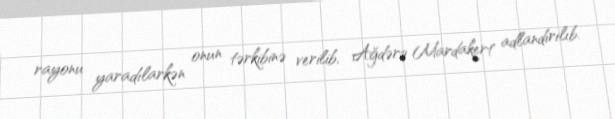
rayonu yaradılarkən onun tərkibinə verilib, Ağdərə Mardakert adlandırılıb.